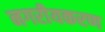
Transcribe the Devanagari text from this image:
नगरीयकरण